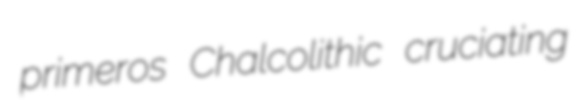
primeros Chalcolithic cruciating